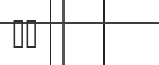
١١